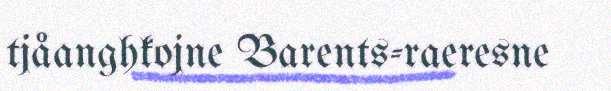
tjåanghkojne Barents-raeresne